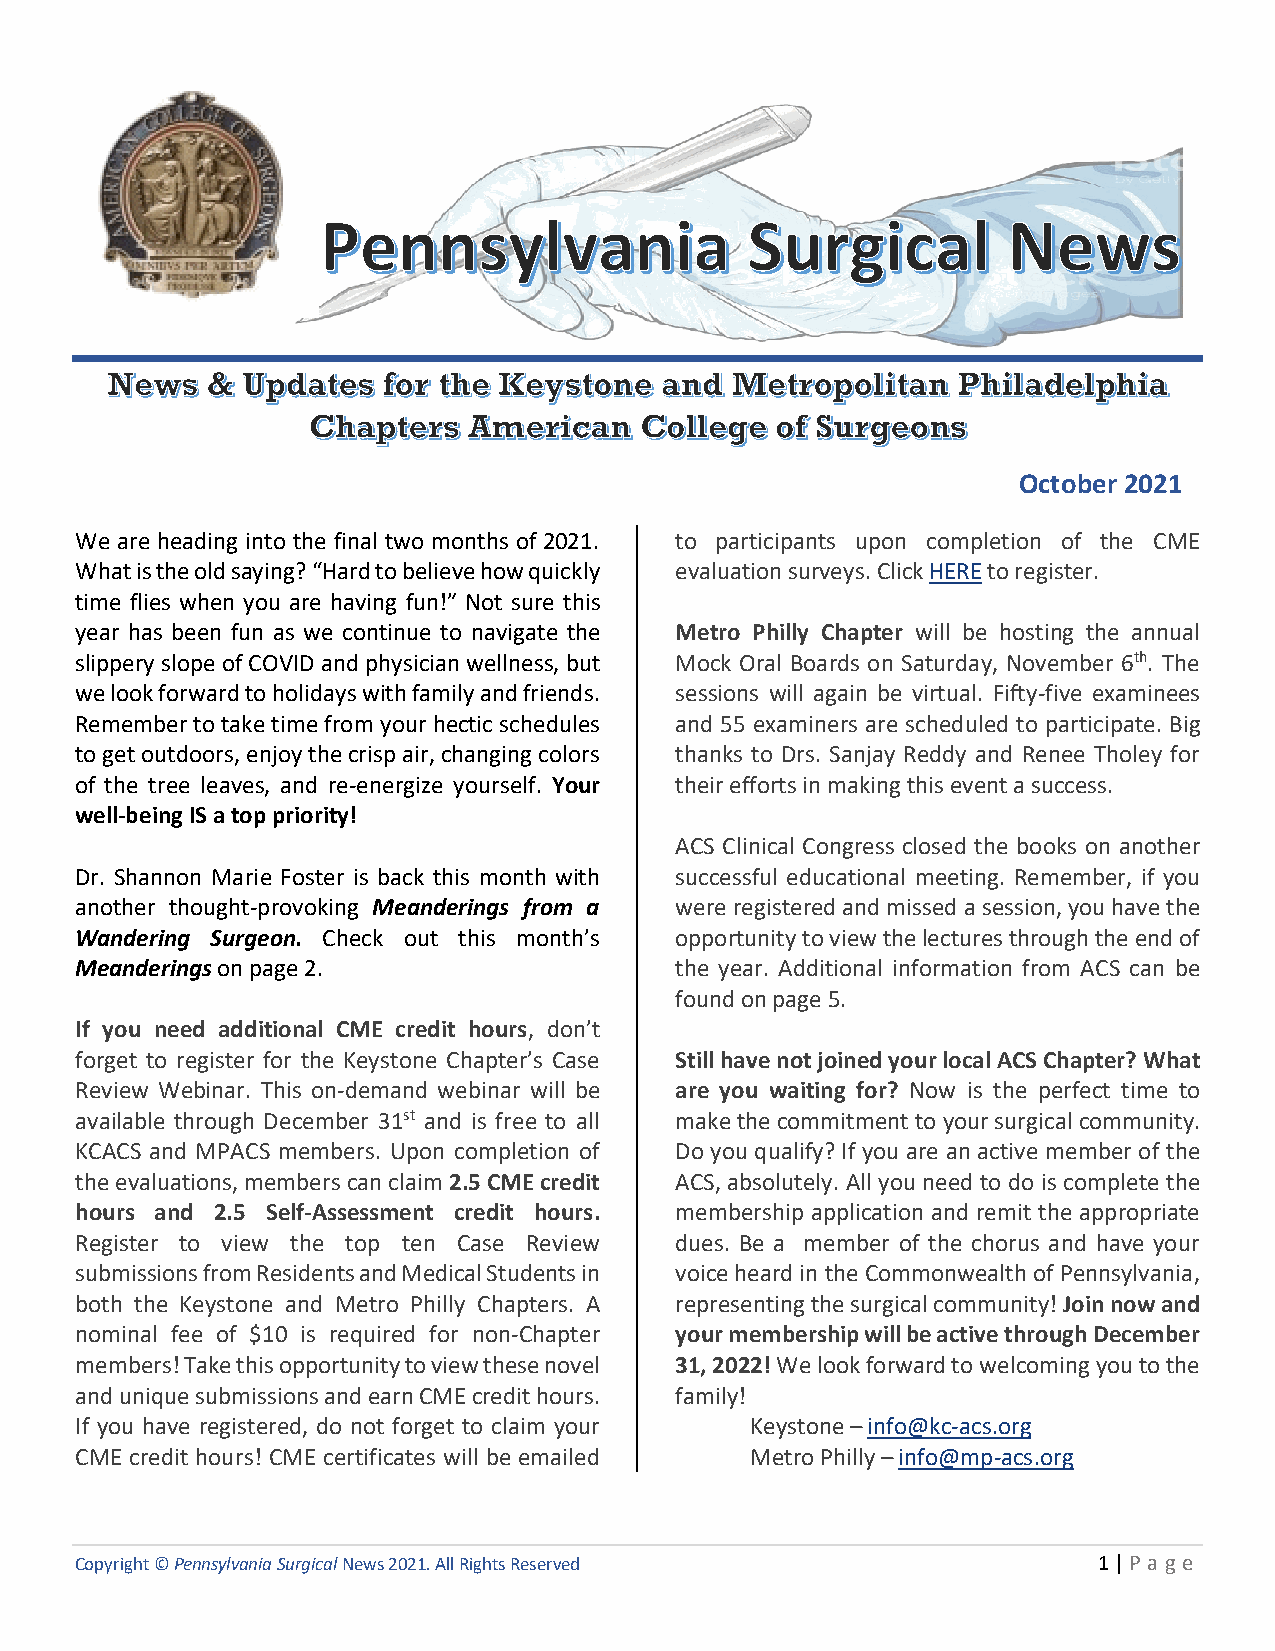
October 2021
 We are heading into the final two months of 2021. to participants upon completion of the CME
 What is the old saying? “Hard to believe how quickly evaluation surveys. Click HERE to register.
 time flies when you are having fun!” Not sure this
 year has been fun as we continue to navigate the Metro Philly Chapter will be hosting the annual
 slippery slope of COVID and physician wellness, but Mock Oral Boards on Saturday, November 6th. The
 we look forward to holidays with family and friends. sessions will again be virtual. Fifty-five examinees
 Remember to take time from your hectic schedules and 55 examiners are scheduled to participate. Big
 to get outdoors, enjoy the crisp air, changing colors thanks to Drs. Sanjay Reddy and Renee Tholey for
 of the tree leaves, and re-energize yourself. Your their efforts in making this event a success.
 well-being IS a top priority!
 ACS Clinical Congress closed the books on another
 Dr. Shannon Marie Foster is back this month with successful educational meeting. Remember, if you
 another thought-provoking Meanderings from a were registered and missed a session, you have the
 Wandering Surgeon. Check out this month’s opportunity to view the lectures through the end of
 Meanderings on page 2.                  the year. Additional information from ACS can be
 found on page 5.
 If you need additional CME credit hours, don’t
 forget to register for the Keystone Chapter’s Case Still have not joined your local ACS Chapter? What
 Review Webinar. This on-demand webinar will be are you waiting for? Now is the perfect time to
 available through December 31st and is free to all make the commitment to your surgical community.
 KCACS and MPACS members. Upon completion of Do you qualify? If you are an active member of the
 the evaluations, members can claim 2.5 CME credit ACS, absolutely. All you need to do is complete the
 hours and 2.5 Self-Assessment credit hours. membership application and remit the appropriate
 Register to view the top ten Case Review dues. Be a member of the chorus and have your
 submissions from Residents and Medical Students in voice heard in the Commonwealth of Pennsylvania,
 both the Keystone and Metro Philly Chapters. A representing the surgical community! Join now and
 nominal fee of $10 is required for non-Chapter your membership will be active through December
 members! Take this opportunity to view these novel 31, 2022! We look forward to welcoming you to the
 and unique submissions and earn CME credit hours. family!
 If you have registered, do not forget to claim your Keystone – info@kc-acs.org
 CME credit hours! CME certificates will be emailed Metro Philly – info@mp-acs.org
 Copyright © Pennsylvania Surgical News 2021. All Rights Reserved    1 | P a ge